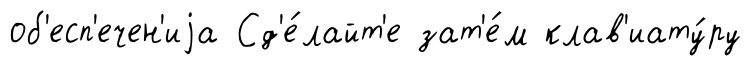
об'есп'ечен'иjа Сд'е́лайт'е зат'е́м клав'иату́ру